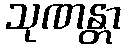
သုဏန္တာ